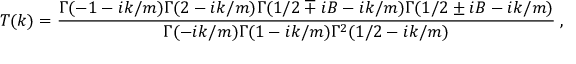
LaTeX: T ( k ) = \frac { \Gamma ( - 1 - i k / m ) \Gamma ( 2 - i k / m ) \Gamma ( 1 / 2 \mp i B - i k / m ) \Gamma ( 1 / 2 \pm i B - i k / m ) } { \Gamma ( - i k / m ) \Gamma ( 1 - i k / m ) \Gamma ^ { 2 } ( 1 / 2 - i k / m ) } \; ,